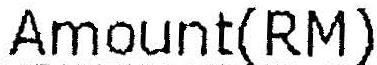
AMOUNT(RM)